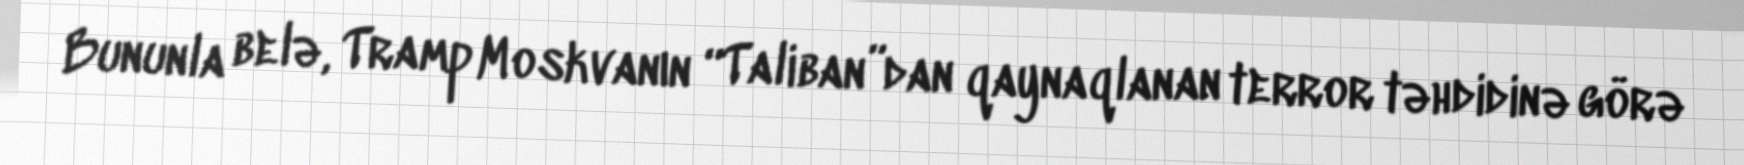
Bununla belə, Tramp Moskvanın “Taliban”dan qaynaqlanan terror təhdidinə görə